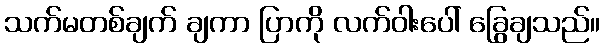
သက်မတစ်ချက် ချကာ ပြာကို လက်ဝါးပေါ် ခြွေချသည်။